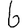
Digit: 6